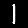
Digit: 1